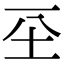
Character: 𡉊